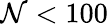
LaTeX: \mathcal{N}<100